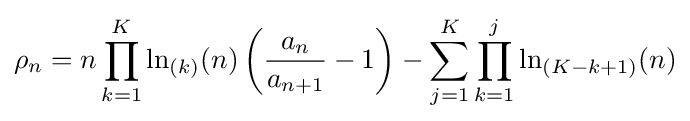
\rho _{n}=n\prod _{k=1}^{K}\ln _{(k)}(n)\left({\frac {a_{n}}{a_{n+1}}}-1\right)-\sum _{j=1}^{K}\prod _{k=1}^{j}\ln _{(K-k+1)}(n)